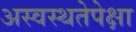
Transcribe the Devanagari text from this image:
अस्वस्थतेपेक्षा